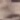
Text: 2